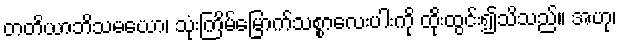
တတိယာဘိသမယော၊ သုံးကြိမ်မြောက်သစ္စာလေးပါးကို ထိုးထွင်း၍သိသည်။ အဟု၊